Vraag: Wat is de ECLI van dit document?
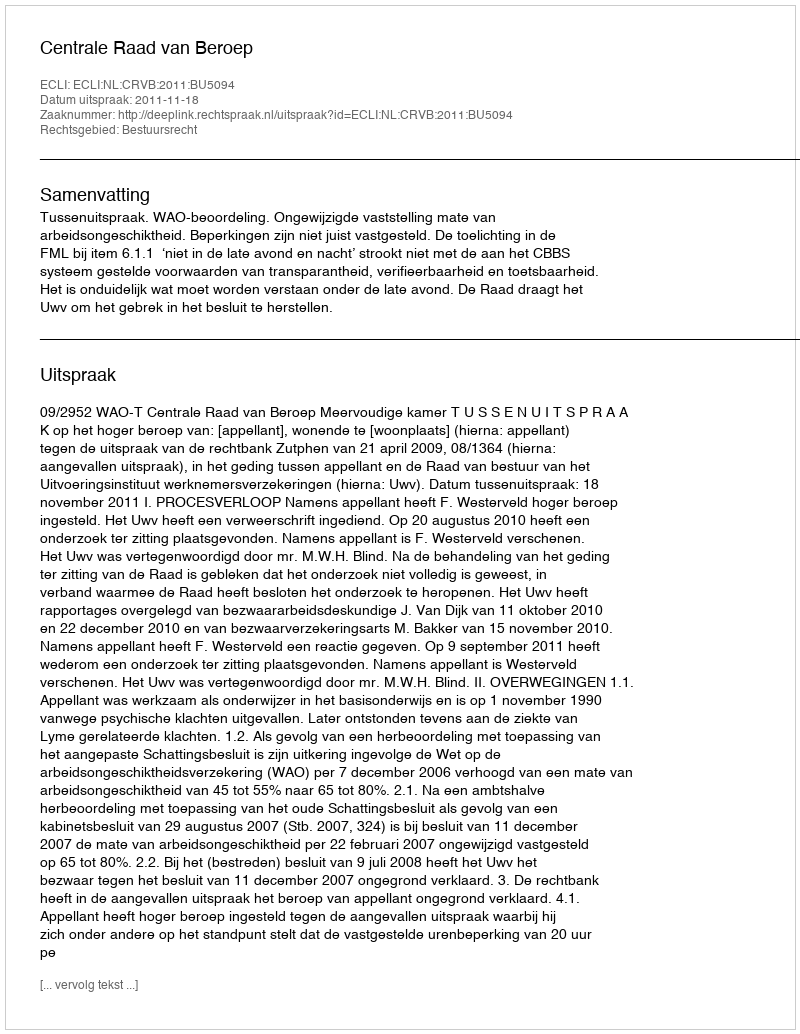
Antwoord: ECLI:NL:CRVB:2011:BU5094